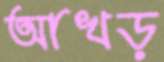
আখড়